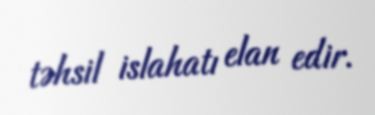
təhsil islahatı elan edir.